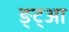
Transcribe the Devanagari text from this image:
ङ्ट्आ